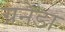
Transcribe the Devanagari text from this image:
ग्रनेडा